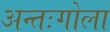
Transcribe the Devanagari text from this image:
अन्तःगोला